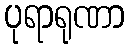
ပုရာရုဏာ